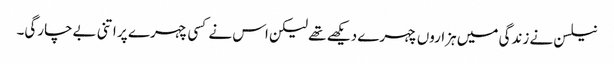
نیلسن نے زندگی میں ہزاروں چہرے دیکھے تھے لیکن اس نے کسی چہرے پر اتنی بےچارگی۔